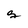
Character: g